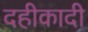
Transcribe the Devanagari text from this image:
दहीकादी